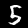
Digit: 5